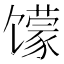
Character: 𱄈